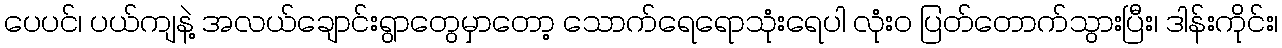
ပေပင်၊ ပယ်ကျနဲ့ အလယ်ချောင်းရွာတွေမှာတော့ သောက်ရေရောသုံးရေပါ လုံး၀ ပြတ်တောက်သွားပြီး၊ ဒါန်းကိုင်း၊